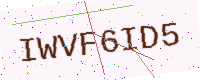
Text: IWVF6ID5